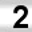
Digit: 2